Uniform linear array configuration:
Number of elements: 24
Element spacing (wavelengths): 0.75
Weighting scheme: uniform
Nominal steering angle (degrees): -30
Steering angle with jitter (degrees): -31.068
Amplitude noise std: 0.05
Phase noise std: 0.05

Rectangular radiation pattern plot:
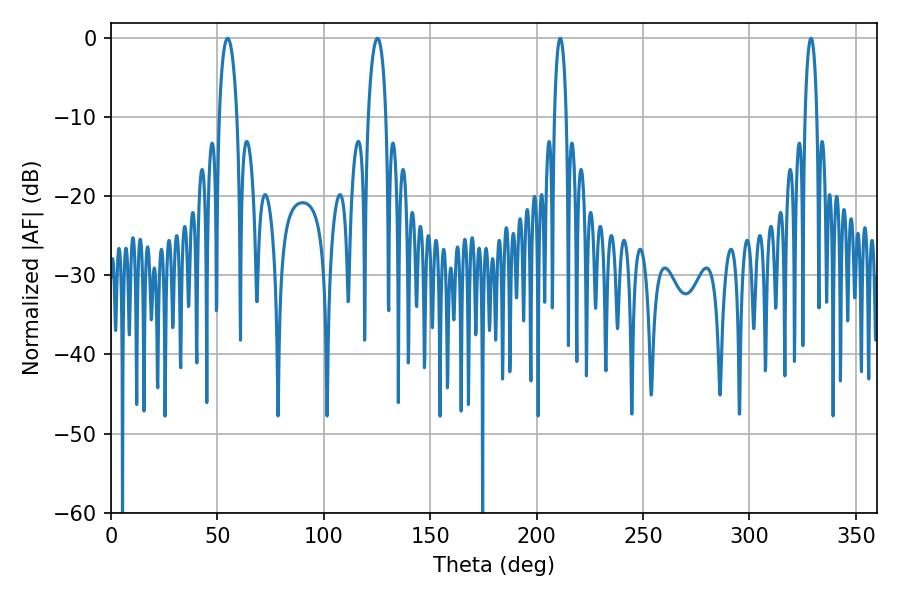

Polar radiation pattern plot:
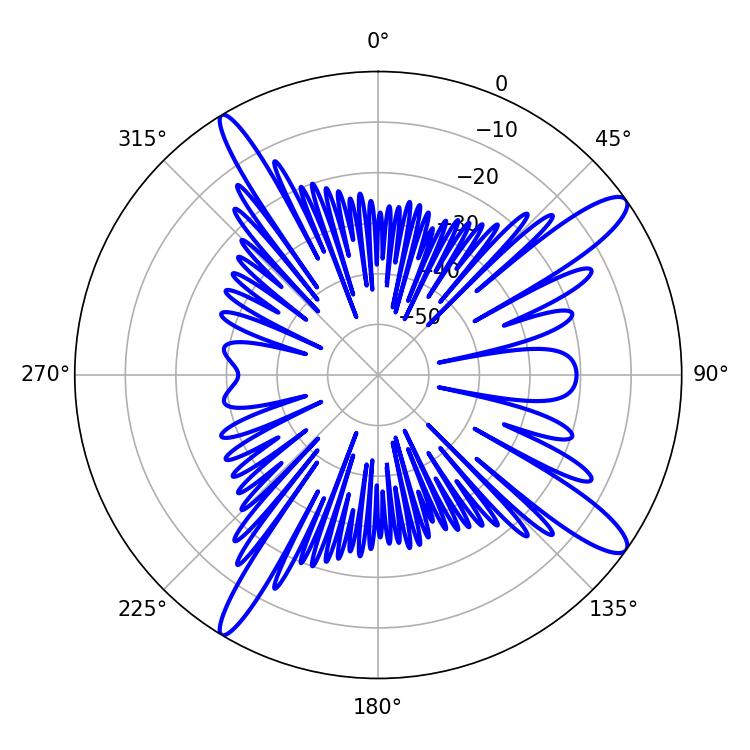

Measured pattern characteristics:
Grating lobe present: TRUE
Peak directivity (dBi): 13.465
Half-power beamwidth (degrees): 4.68
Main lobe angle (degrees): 54.72